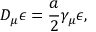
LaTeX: D _ { \mu } \epsilon = \frac { a } { 2 } \gamma _ { \mu } \epsilon ,